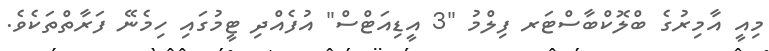
މިއީ އާމިރުގެ ބްލޮކްބާސްޓަރ ފިލްމު "3 އީޑިއަޓްސް" އުފެއްދި ޓީމުގައި ހިމެނޭ ފަރާތްތަކެވެ.